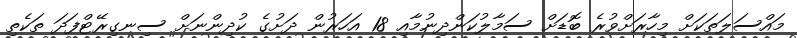
މައްސަލަތަކަށް މިހާރަށްވުރެ ބޮޑަށް ސަމާލުކަންދިނުމާއި 18 އަހަރުން ދަށުގެ ކުދިންނަށް ސިނގިރޭޓްފަދަ ތަކެތި